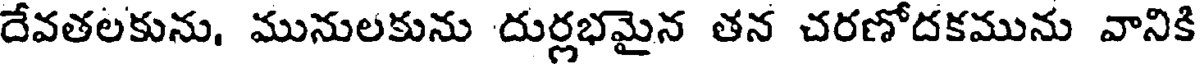
దేవతలకును, మునులకును దుర్లభమైన తన చరణోదకమును వానికి